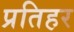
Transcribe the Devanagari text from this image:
प्रतिहर